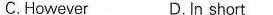
C.However D. In shcrt